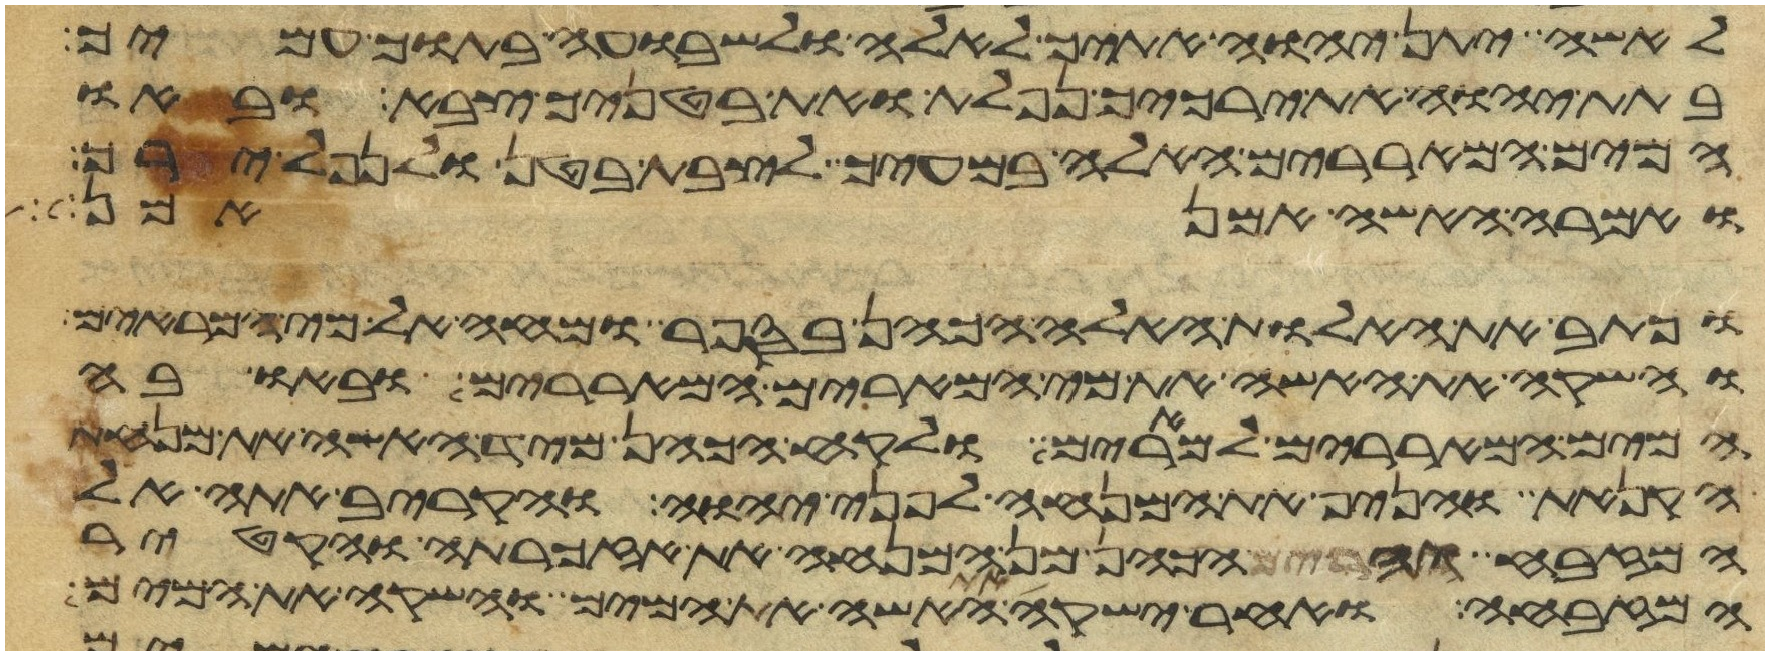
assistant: לאשה יתן יהוה אתיך לאלה ולשבועה בתוך עמיך
בתת יהוה את ירכיך נפלת ואת בטניך צבא ובאו
המים המאררים האלה במעיך לצבת בטן ולנפל ירך
ואמרה האשה אמן אמן
וכתב את האלות האלה הכהן בספר ומחה אל מי המרים
והשקה את האשה את מי המרים המאררים ובאו בה
המים המאררים למרים ולקח הכהן מיד האשה את מנחת
הקנאת והניף את המנחה לפני יהוה והקריב אתה אל
המזבח והרים הכהן מן המנחה את אזכרתה והקטיר
המזבחה ואחר ישקה את האשה את המים והשקה את המים